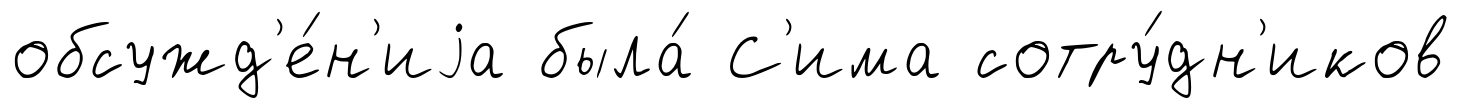
обсужд'е́н'иjа была́ С'има сотру́дн'иков